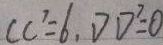
C C ^ { 7 } = 6 , D D ^ { 7 } = 0